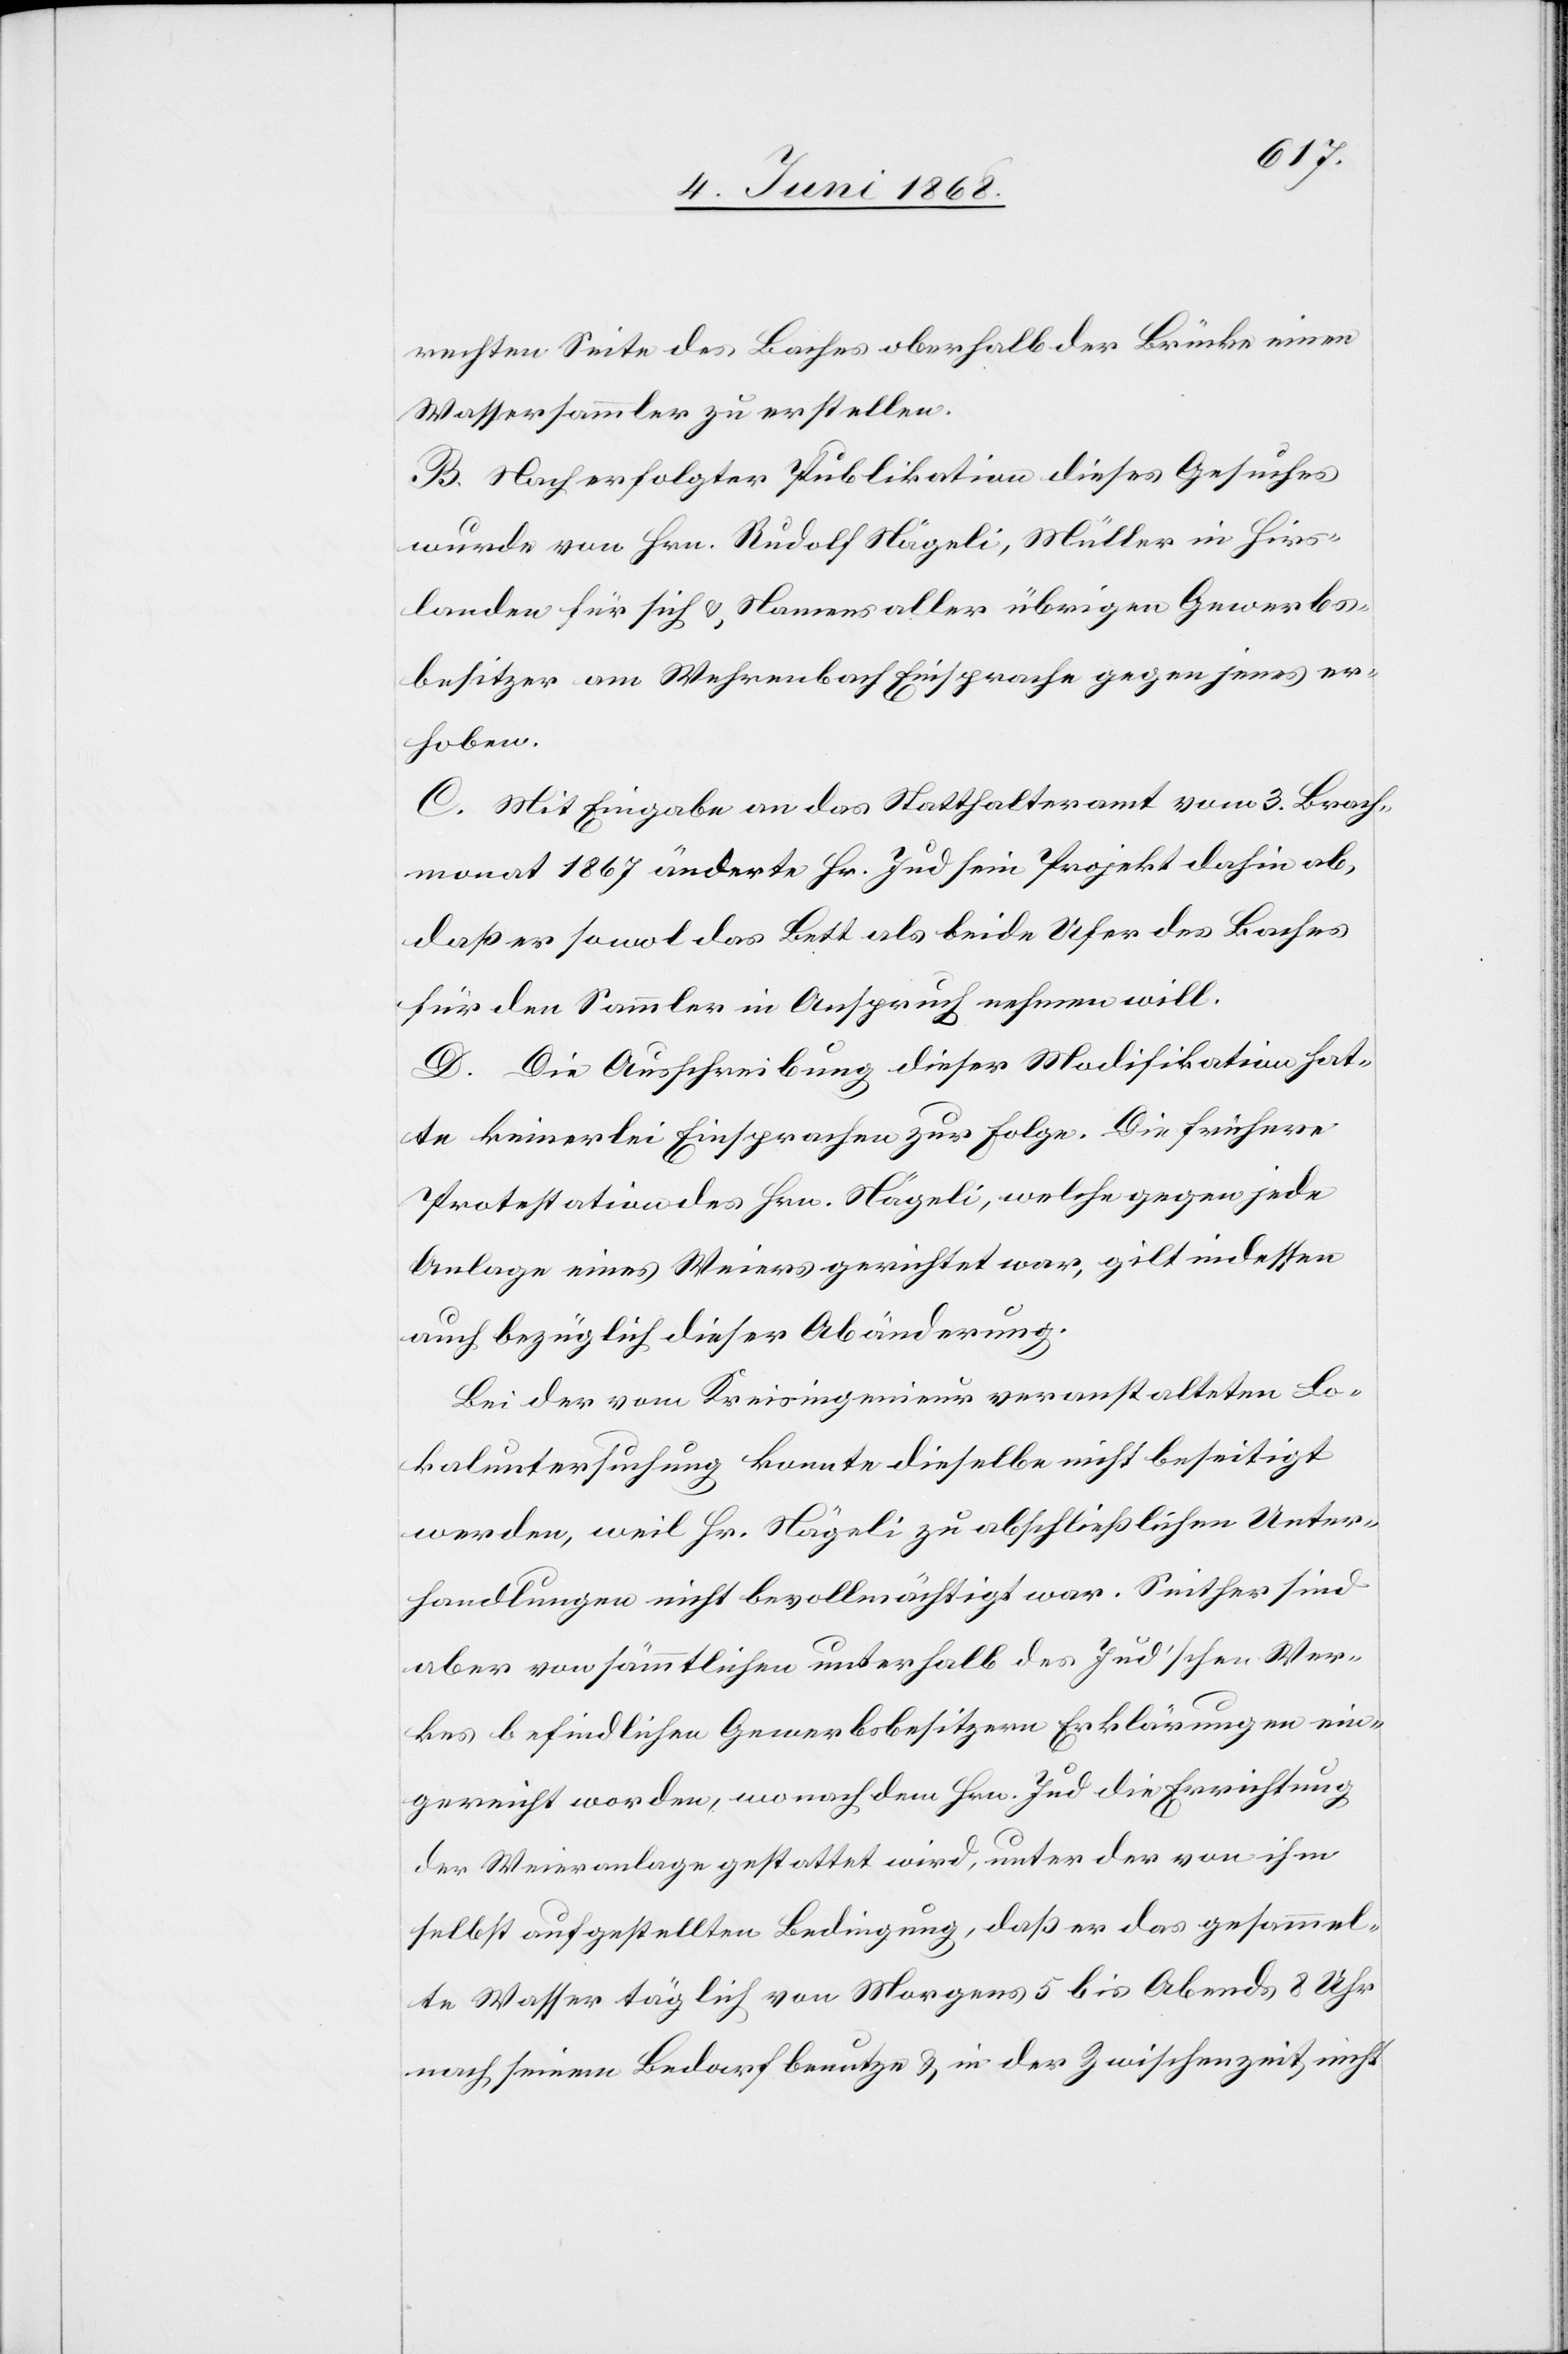
rechten Seite des Baches oberhalb der Brücke einen
Wassersammler zu erstellen.
B. Nach erfolgter Publikation dieses Gesuches
wurde von Hrn. Rudolf Nägeli, Müller in Hirs¬
landen für sich & Namens aller übrigen Gewerbs¬
besitzer am Wehrenbach Einsprache gegen jenes er¬
hoben.
C. Mit Eingabe an das Statthalteramt vom 3. Brach¬
monat 1867 änderte Hr. Jud sein Projekt dahin ab,
daß er sowol das Bett als beide Ufer des Baches
für den Sammler in Anspruch nehmen will.
D. Die Ausschreibung dieser Modifikation hat¬
te keinerlei Einsprachen zur Folge. Die frühere
Protestation des Hrn. Nägeli, welche gegen jede
Anlage eines Weiers gerichtet war, gilt indessen
auch bezüglich dieser Abänderung.
Bei der vom Kreisingenieur veranstalteten Lo¬
kaluntersuchung konnte dieselbe nicht beseitigt
werden, weil Hr. Nägeli zu abschließlichen Unter¬
handlungen nicht bevollmächtigt war. Seither sind
aber von sämmtlichen unterhalb des Jud’schen Wer¬
kes befindlichen Gewerbsbesitzern Erklärungen ein¬
gereicht worden, wonach dem Hrn. Jud die Errichtung
der Weieranlage gestattet wird, unter der von ihm
selbst aufgestellten Bedingung, daß er das gesammel¬
te Wasser täglich von Morgens 5 bis Abends 8 Uhr
nach seinem Bedarf benutze & in der Zwischenzeit nicht